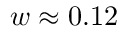
w \approx 0 . 1 2